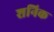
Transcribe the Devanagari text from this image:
शनिक